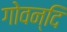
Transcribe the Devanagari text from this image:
गोवन्दि